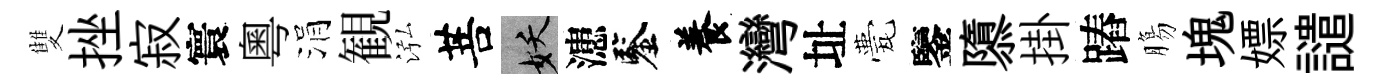
雙挫寂寰粵涓観泓菩妖漶鑒養灣址甍鑒隳掛蹖膓塊嫖譴